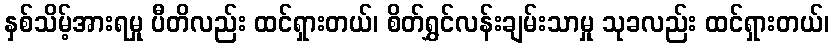
နှစ်သိမ့်အားရမှု ပီတိလည်း ထင်ရှားတယ်၊ စိတ်ရွှင်လန်းချမ်းသာမှု သုခလည်း ထင်ရှားတယ်၊